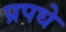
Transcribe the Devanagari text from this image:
प्रपधे